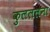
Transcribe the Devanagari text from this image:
कुलललना